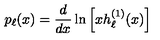
p _ { \ell } ( x ) = \frac { d } { d x } \ln \left[ x h _ { \ell } ^ { ( 1 ) } ( x ) \right]